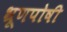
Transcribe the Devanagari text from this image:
भ्रूणपोषी